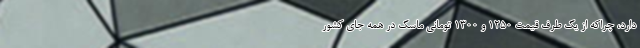
دارد، چراکه از یک طرف قیمت ۱۲۵۰ و ۱۳۰۰ تومانی ماسک در همه جای کشور